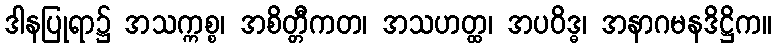
ဒါနပြုရာ၌ အသက္ကစ္စ၊ အစိတ္တီကတ၊ အသဟတ္ထ၊ အပဝိဒ္ဓ၊ အနာဂမနဒိဋ္ဌိက။